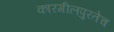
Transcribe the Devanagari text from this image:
कारगीलपुरतेच